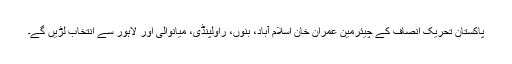
پاکستان تحریک انصاف کے چیئرمین عمران خان اسلام آباد، بنوں، راولپنڈی، میانوالی اور لاہور سے انتخاب لڑیں گے۔